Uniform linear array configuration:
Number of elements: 16
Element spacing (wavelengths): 0.5
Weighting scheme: uniform
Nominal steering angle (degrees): -30
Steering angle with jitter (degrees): -28.685
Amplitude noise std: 0.05
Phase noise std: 0.05

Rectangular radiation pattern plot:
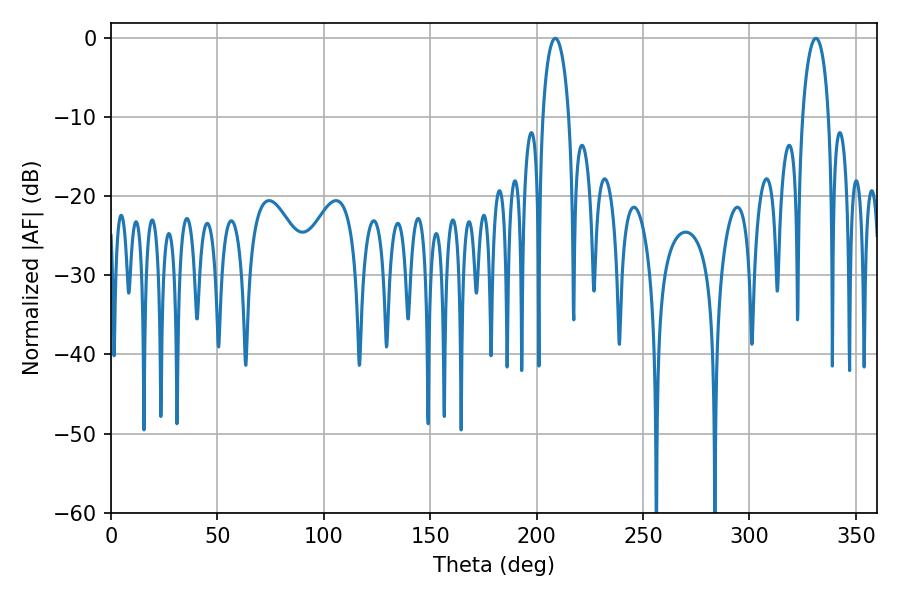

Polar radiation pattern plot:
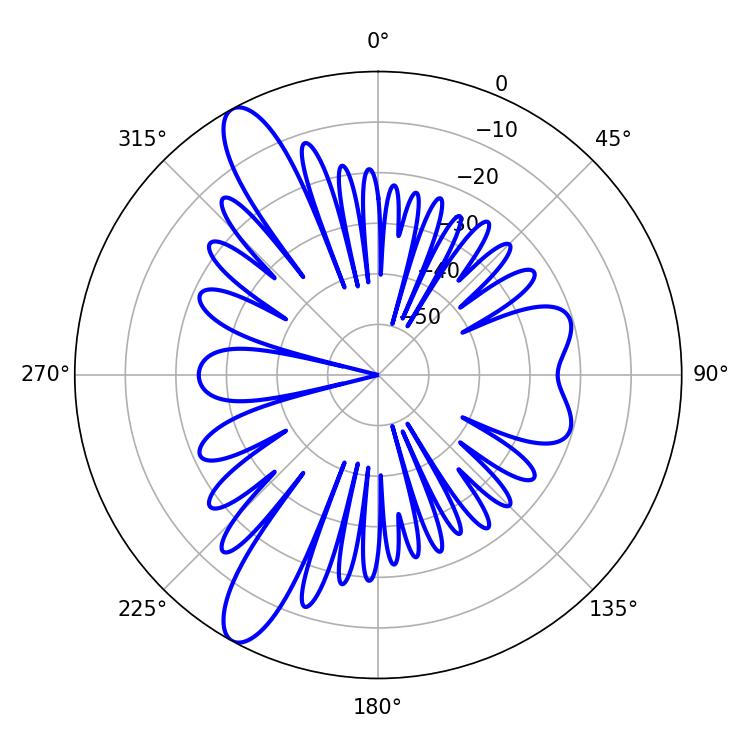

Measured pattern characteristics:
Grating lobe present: FALSE
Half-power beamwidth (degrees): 7.02
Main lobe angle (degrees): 208.8